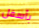
بأسفل